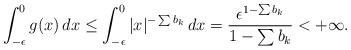
LaTeX: \begin{align*}\int_{-\epsilon}^0 g(x) \, dx \leq \int_{-\epsilon}^0 |x|^{-\sum b_k} \, dx = \frac{\epsilon^{1-\sum b_k}}{1-\sum b_k} < +\infty.\end{align*}